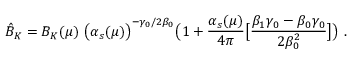
\hat { B } _ { K } = B _ { K } ( \mu ) \ \big ( \alpha _ { s } ( \mu ) \big ) ^ { - \gamma _ { 0 } / 2 \beta _ { 0 } } \big ( 1 + { \frac { \alpha _ { s } ( \mu ) } { 4 \pi } } \big [ { \frac { \beta _ { 1 } \gamma _ { 0 } - \beta _ { 0 } \gamma _ { 0 } } { 2 \beta _ { 0 } ^ { 2 } } } \big ] \big ) \ .